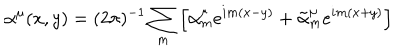
\alpha ^ { \mu } ( x , y ) = ( 2 \pi ) ^ { - 1 } \sum _ { m } \left[ \alpha _ { m } ^ { \mu } e ^ { i m ( x - y ) } + \tilde { \alpha } _ { m } ^ { \mu } e ^ { i m ( x + y ) } \right]